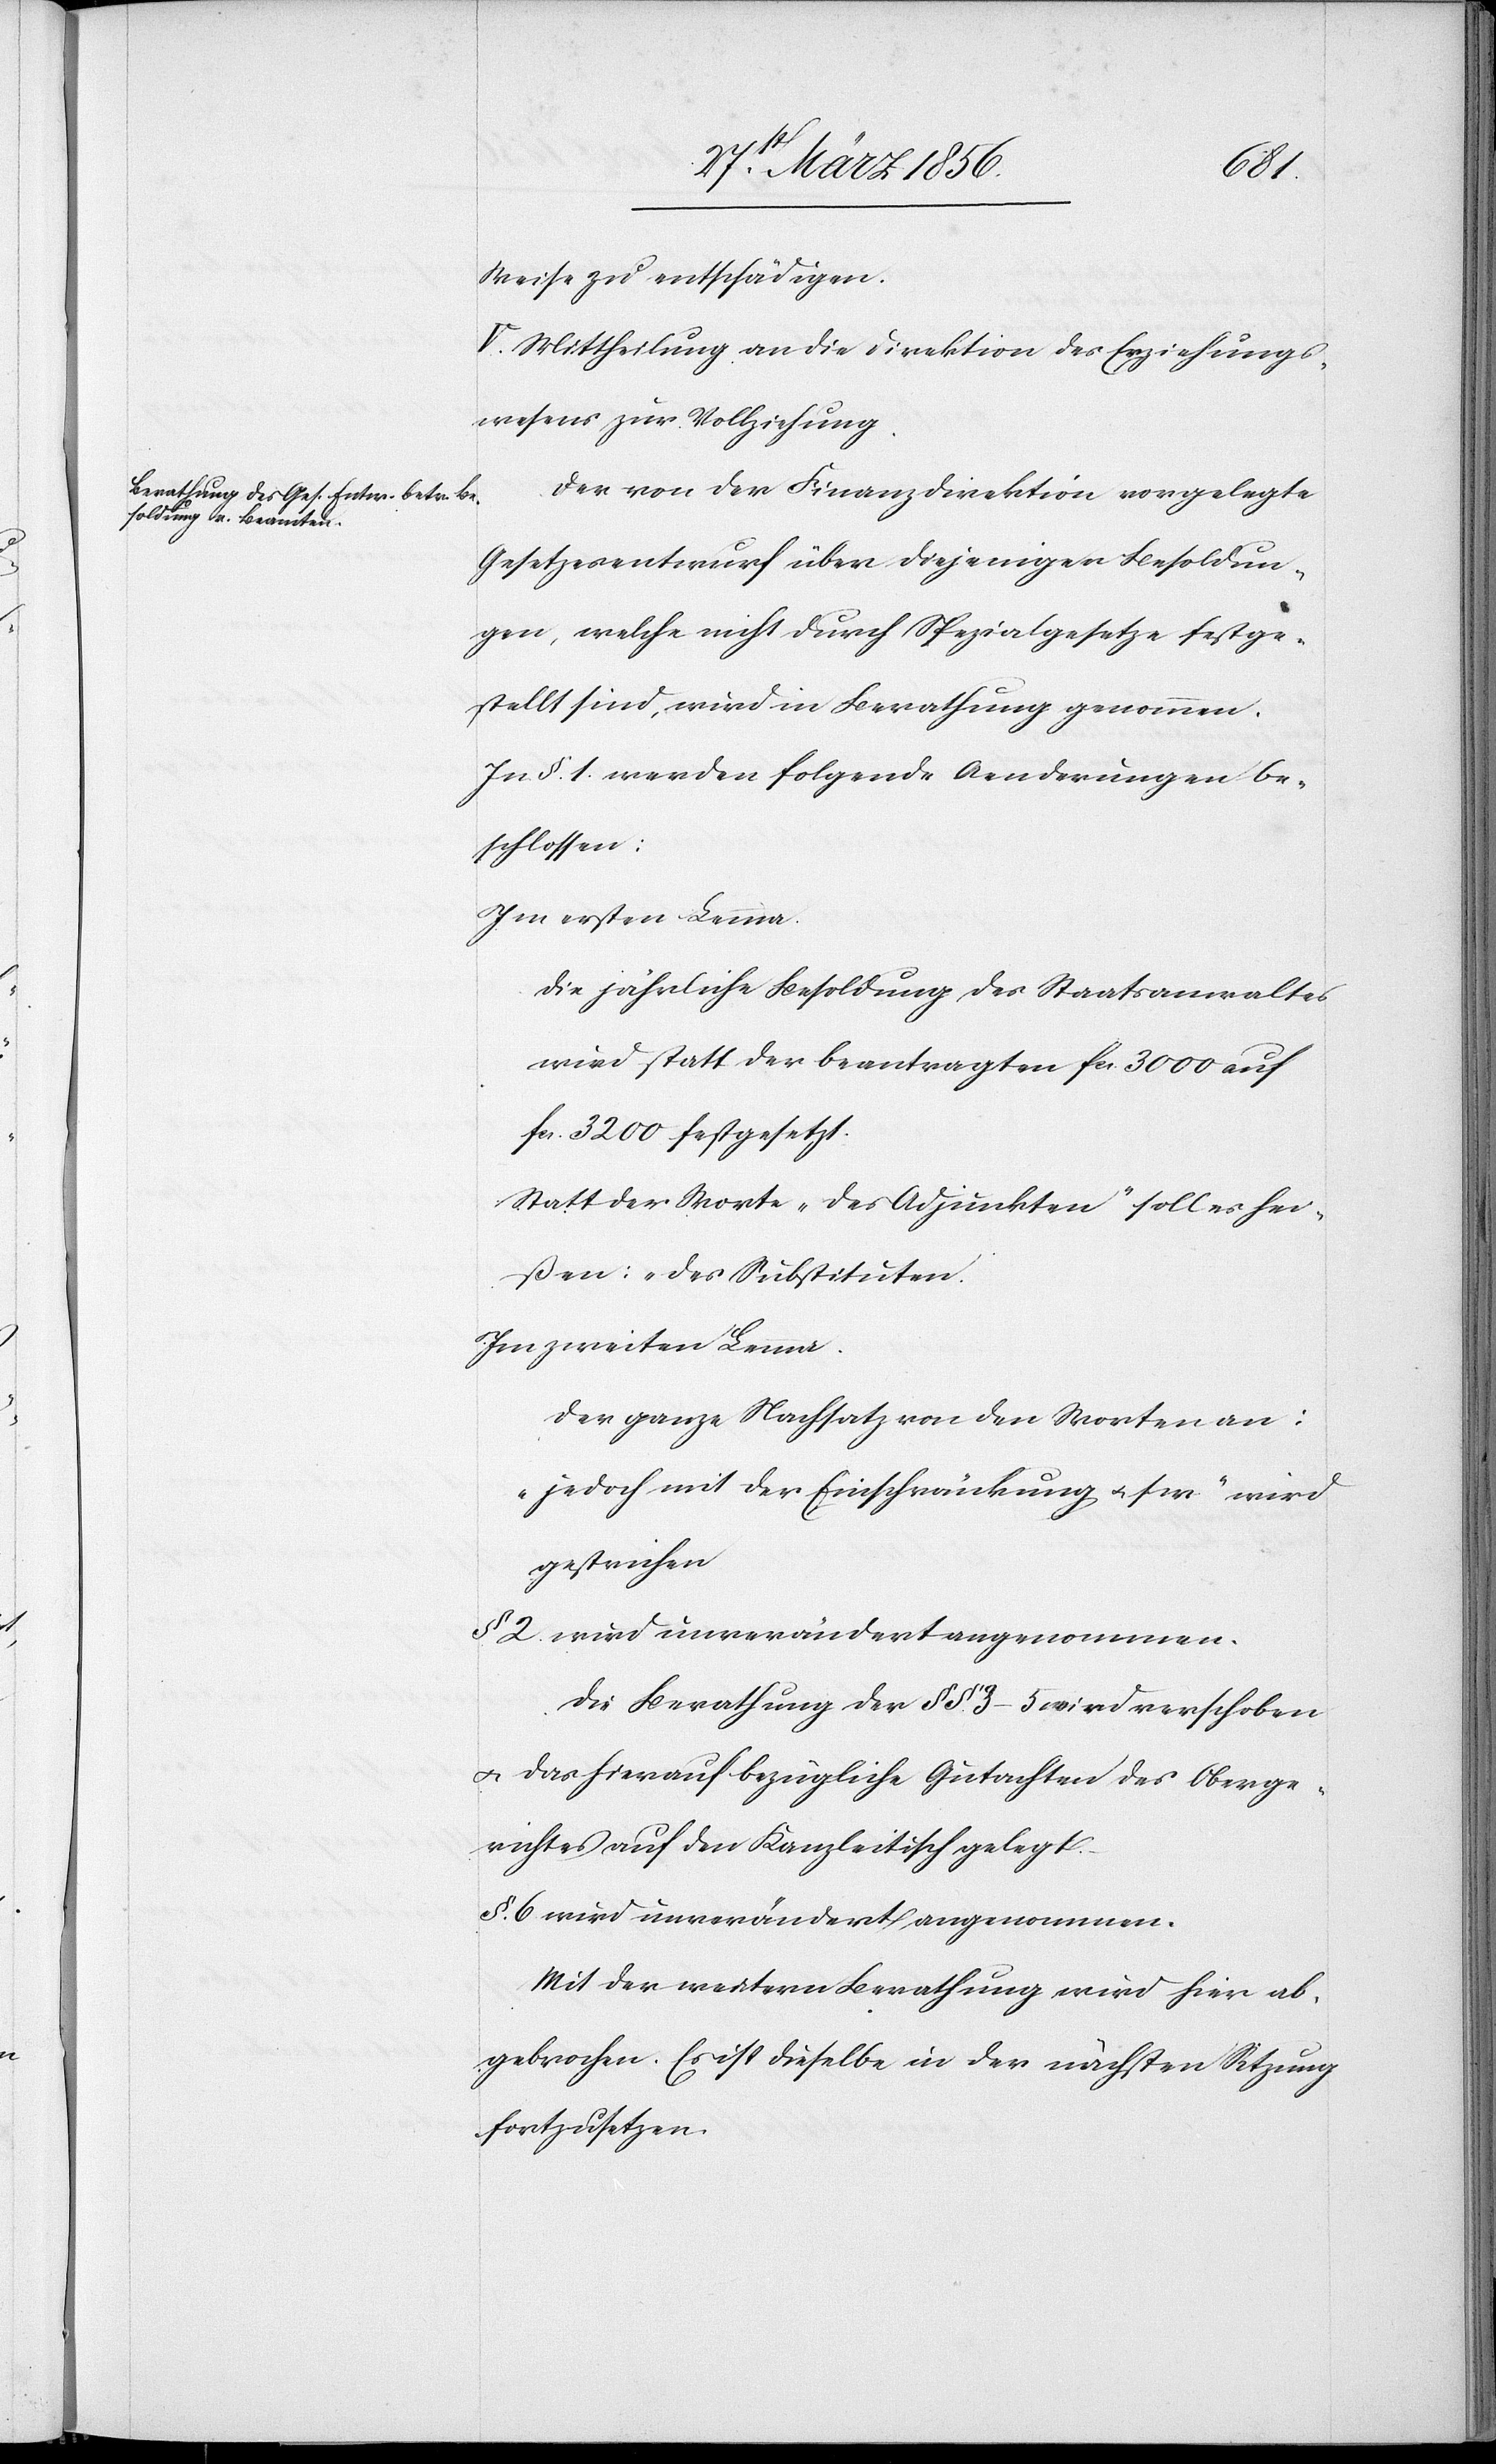
Weise zu entschädigen.
V. Mittheilung an die Direktion des Erziehungs¬
wesens zur Vollziehung.
Der von der Finanzdirektion vorgelegte
Gesetzesentwurf über diejenigen Besoldun¬
gen, welche nicht durch Spezialgesetze festge¬
stellt sind, wird in Berathung genommen.
In §. 1. werden folgende Aenderungen be¬
schlossen:
Im ersten Lemma.
Die jährliche Besoldung des Staatsanwaltes
wird statt der beantragten fcs. 3000 auf
fcs. 3200 festgesetzt.
Statt der Worte „des Adjunkten“ soll es hei¬
ßen: „des Substituten
Im zweiten Lemma.
Der ganze Nachsatz von den Worten an:
„jedoch mit der Einschränkung u. s w“ wird
gestrichen
§ 2. wird unverändert angenommen.
Die Berathung der §§. 3–5 wird verschoben
u. das hierauf bezügliche Gutachten des Oberge¬
richtes auf den Kanzleitisch gelegt.
§. 6. wird unverändert angenommen.
Mit der weitern Berathung wird hier ab¬
gebrochen. Es ist dieselbe in der nächsten Sitzung
fortzusetzen.